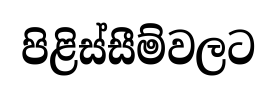
පිළිස්සීම්වලට